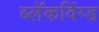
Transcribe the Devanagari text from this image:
ब्लॅकविंग्ड